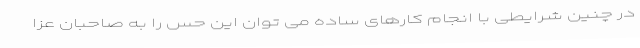
در چنین شرایطی با انجام کارهای ساده می توان این حس را به صاحبان عزا